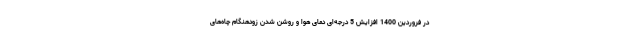
در فروردین 1400 افزایش 5 درجه‌ای دمای هوا و روشن شدن زودهنگام چاه‌های